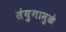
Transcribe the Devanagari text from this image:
संयुगामुळे